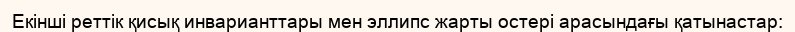
Екінші реттік қисық инварианттары мен эллипс жарты остері арасындағы қатынастар: